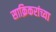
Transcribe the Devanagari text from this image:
साक्रिकरांच्या